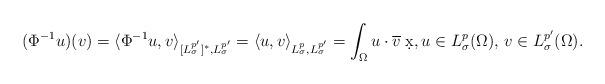
LaTeX: \begin{align*}(\Phi^{-1}u)(v)= \langle \Phi^{-1}u,v \rangle_{[L^{p^{\prime}}_{\sigma}]^{*}, L^{p^{\prime}}_{\sigma}} = \langle u,v \rangle_{L^p_{\sigma}, L^{p^{\prime}}_{\sigma}}= \int_ {\Omega} u \cdot \overline{v} \; \d x, u \in L^p_{\sigma}(\Omega), \, v\in L^{p^{\prime}}_{\sigma}(\Omega).\end{align*}